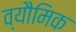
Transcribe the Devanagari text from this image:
व्यौमिक